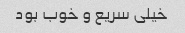
خیلی سریع و خوب بود